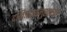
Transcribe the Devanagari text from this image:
दलितदशमुखरण